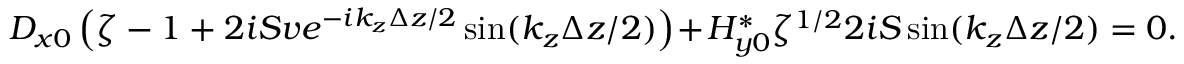
D _ { x 0 } \left( \zeta - 1 + 2 i S v e ^ { - i k _ { z } \Delta z / 2 } \sin ( k _ { z } \Delta z / 2 ) \right) + H _ { y 0 } ^ { * } \zeta ^ { 1 / 2 } 2 i S \sin ( k _ { z } \Delta z / 2 ) = 0 .